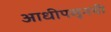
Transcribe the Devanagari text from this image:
आधीपसूनची